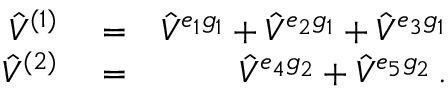
\begin{array} { r l r } { { \hat { V } } ^ { ( 1 ) } } & { { } = } & { { \hat { V } } ^ { e _ { 1 } g _ { 1 } } + { \hat { V } } ^ { e _ { 2 } g _ { 1 } } + { \hat { V } } ^ { e _ { 3 } g _ { 1 } } } \\ { { \hat { V } } ^ { ( 2 ) } } & { { } = } & { { \hat { V } } ^ { e _ { 4 } g _ { 2 } } + { \hat { V } } ^ { e _ { 5 } g _ { 2 } } \, . } \end{array}